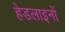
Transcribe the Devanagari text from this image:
हेडलाइनों